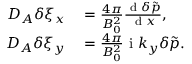
\begin{array} { r l } { D _ { A } \delta \xi _ { x } } & { { } = \frac { 4 \pi } { B _ { 0 } ^ { 2 } } \frac { \textrm { d } \delta \tilde { p } } { \textrm { d } x } , } \\ { D _ { A } \delta \xi _ { y } } & { { } = \frac { 4 \pi } { B _ { 0 } ^ { 2 } } \mathrm { ~ i ~ } k _ { y } \delta \tilde { p } . } \end{array}